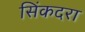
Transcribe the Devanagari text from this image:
सिंकदरा